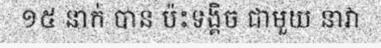
១៥ នាក់ បាន ប៉ះទង្គិច ជាមួយ នាវា